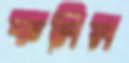
কলিল